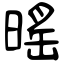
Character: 暚